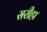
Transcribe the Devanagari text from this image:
सरीहा